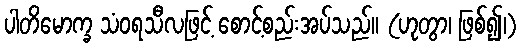
ပါတိမောက္ခ သံဝရသီလဖြင့် စောင့်စည်းအပ်သည်။ (ဟုတွာ၊ ဖြစ်၍၊)